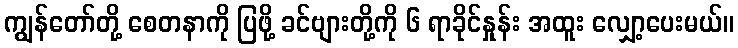
ကျွန်တော်တို့ စေတနာကို ပြဖို့ ခင်ဗျားတို့ကို ၆ ရာခိုင်နှုန်း အထူး လျှော့ပေးမယ်။